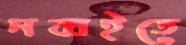
নব্বইতে